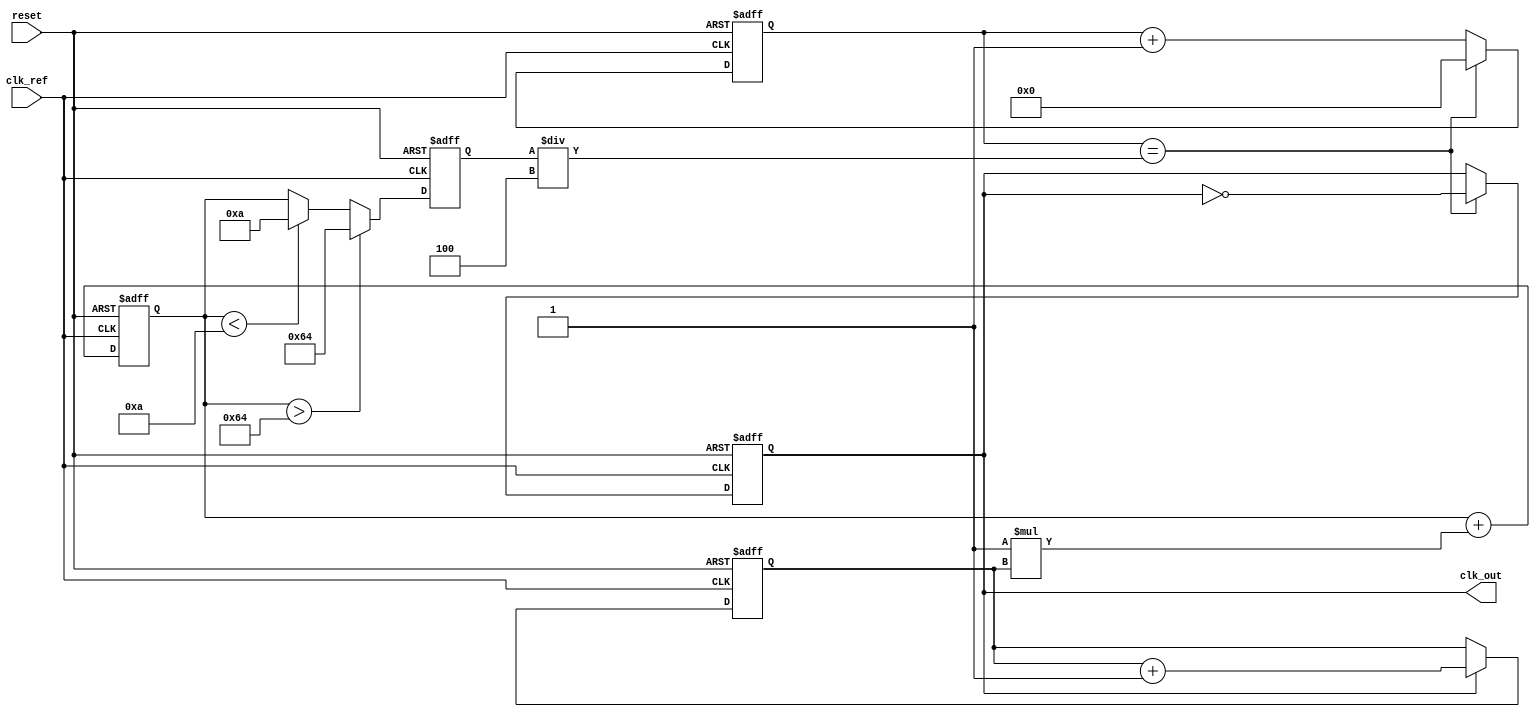
module Type2_PLL (
    input wire clk_ref,       // Reference clock input
    input wire reset,         // Reset signal
    output reg clk_out        // Output clock
);

// Parameters
parameter N = 4;             // Frequency division ratio
parameter VCO_MAX_FREQ = 100; // Maximum VCO frequency
parameter VCO_MIN_FREQ = 10;  // Minimum VCO frequency
parameter LOOP_GAIN = 1;      // Loop gain for the loop filter

// Internal signals
reg [31:0] phase_error;      // Phase error signal
reg [31:0] control_voltage;   // Control voltage for VCO
reg [31:0] vco_freq;          // Current frequency of VCO
reg [31:0] feedback;          // Feedback signal for phase comparison

// Phase Detector (PD)
always @(posedge clk_ref or posedge reset) begin
    if (reset) begin
        phase_error <= 0;
    end else begin
        // Simple phase detection logic (for example)
        feedback = clk_out; // Assume clk_out is the feedback
        if (feedback) begin
            // Assuming a simple phase error calculation
            phase_error <= phase_error + 1; // Update phase error based on feedback
        end
    end
end

// Loop Filter (LF)
always @(posedge clk_ref or posedge reset) begin
    if (reset) begin
        control_voltage <= 0;
    end else begin
        // Simple first-order filter for demonstration
        control_voltage <= control_voltage + (LOOP_GAIN * phase_error);
    end
end

// Voltage-Controlled Oscillator (VCO)
always @(posedge clk_ref or posedge reset) begin
    if (reset) begin
        vco_freq <= VCO_MIN_FREQ; // Start at minimum frequency
    end else begin
        // Adjust VCO frequency based on control voltage
        if (control_voltage > VCO_MAX_FREQ) begin
            vco_freq <= VCO_MAX_FREQ;
        end else if (control_voltage < VCO_MIN_FREQ) begin
            vco_freq <= VCO_MIN_FREQ;
        end else begin
            vco_freq <= control_voltage; // Directly use control voltage as frequency
        end
    end
end

// Output clock generation with frequency division
reg [31:0] counter; // Counter for frequency division
always @(posedge clk_ref or posedge reset) begin
    if (reset) begin
        clk_out <= 0;
        counter <= 0;
    end else begin
        if (counter == (vco_freq / N)) begin
            clk_out <= ~clk_out; // Toggle output clock
            counter <= 0; // Reset counter
        end else begin
            counter <= counter + 1; // Increment counter
        end
    end
end

endmodule